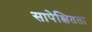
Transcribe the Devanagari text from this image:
सापेक्षितता